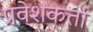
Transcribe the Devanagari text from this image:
प्रवेशकर्ता